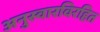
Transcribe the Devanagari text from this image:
अनुस्वारविरहित